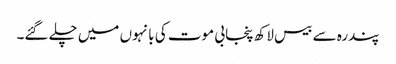
پندرہ سے بیس لاکھ پنجابی موت کی بانہوں میں چلے گئے۔